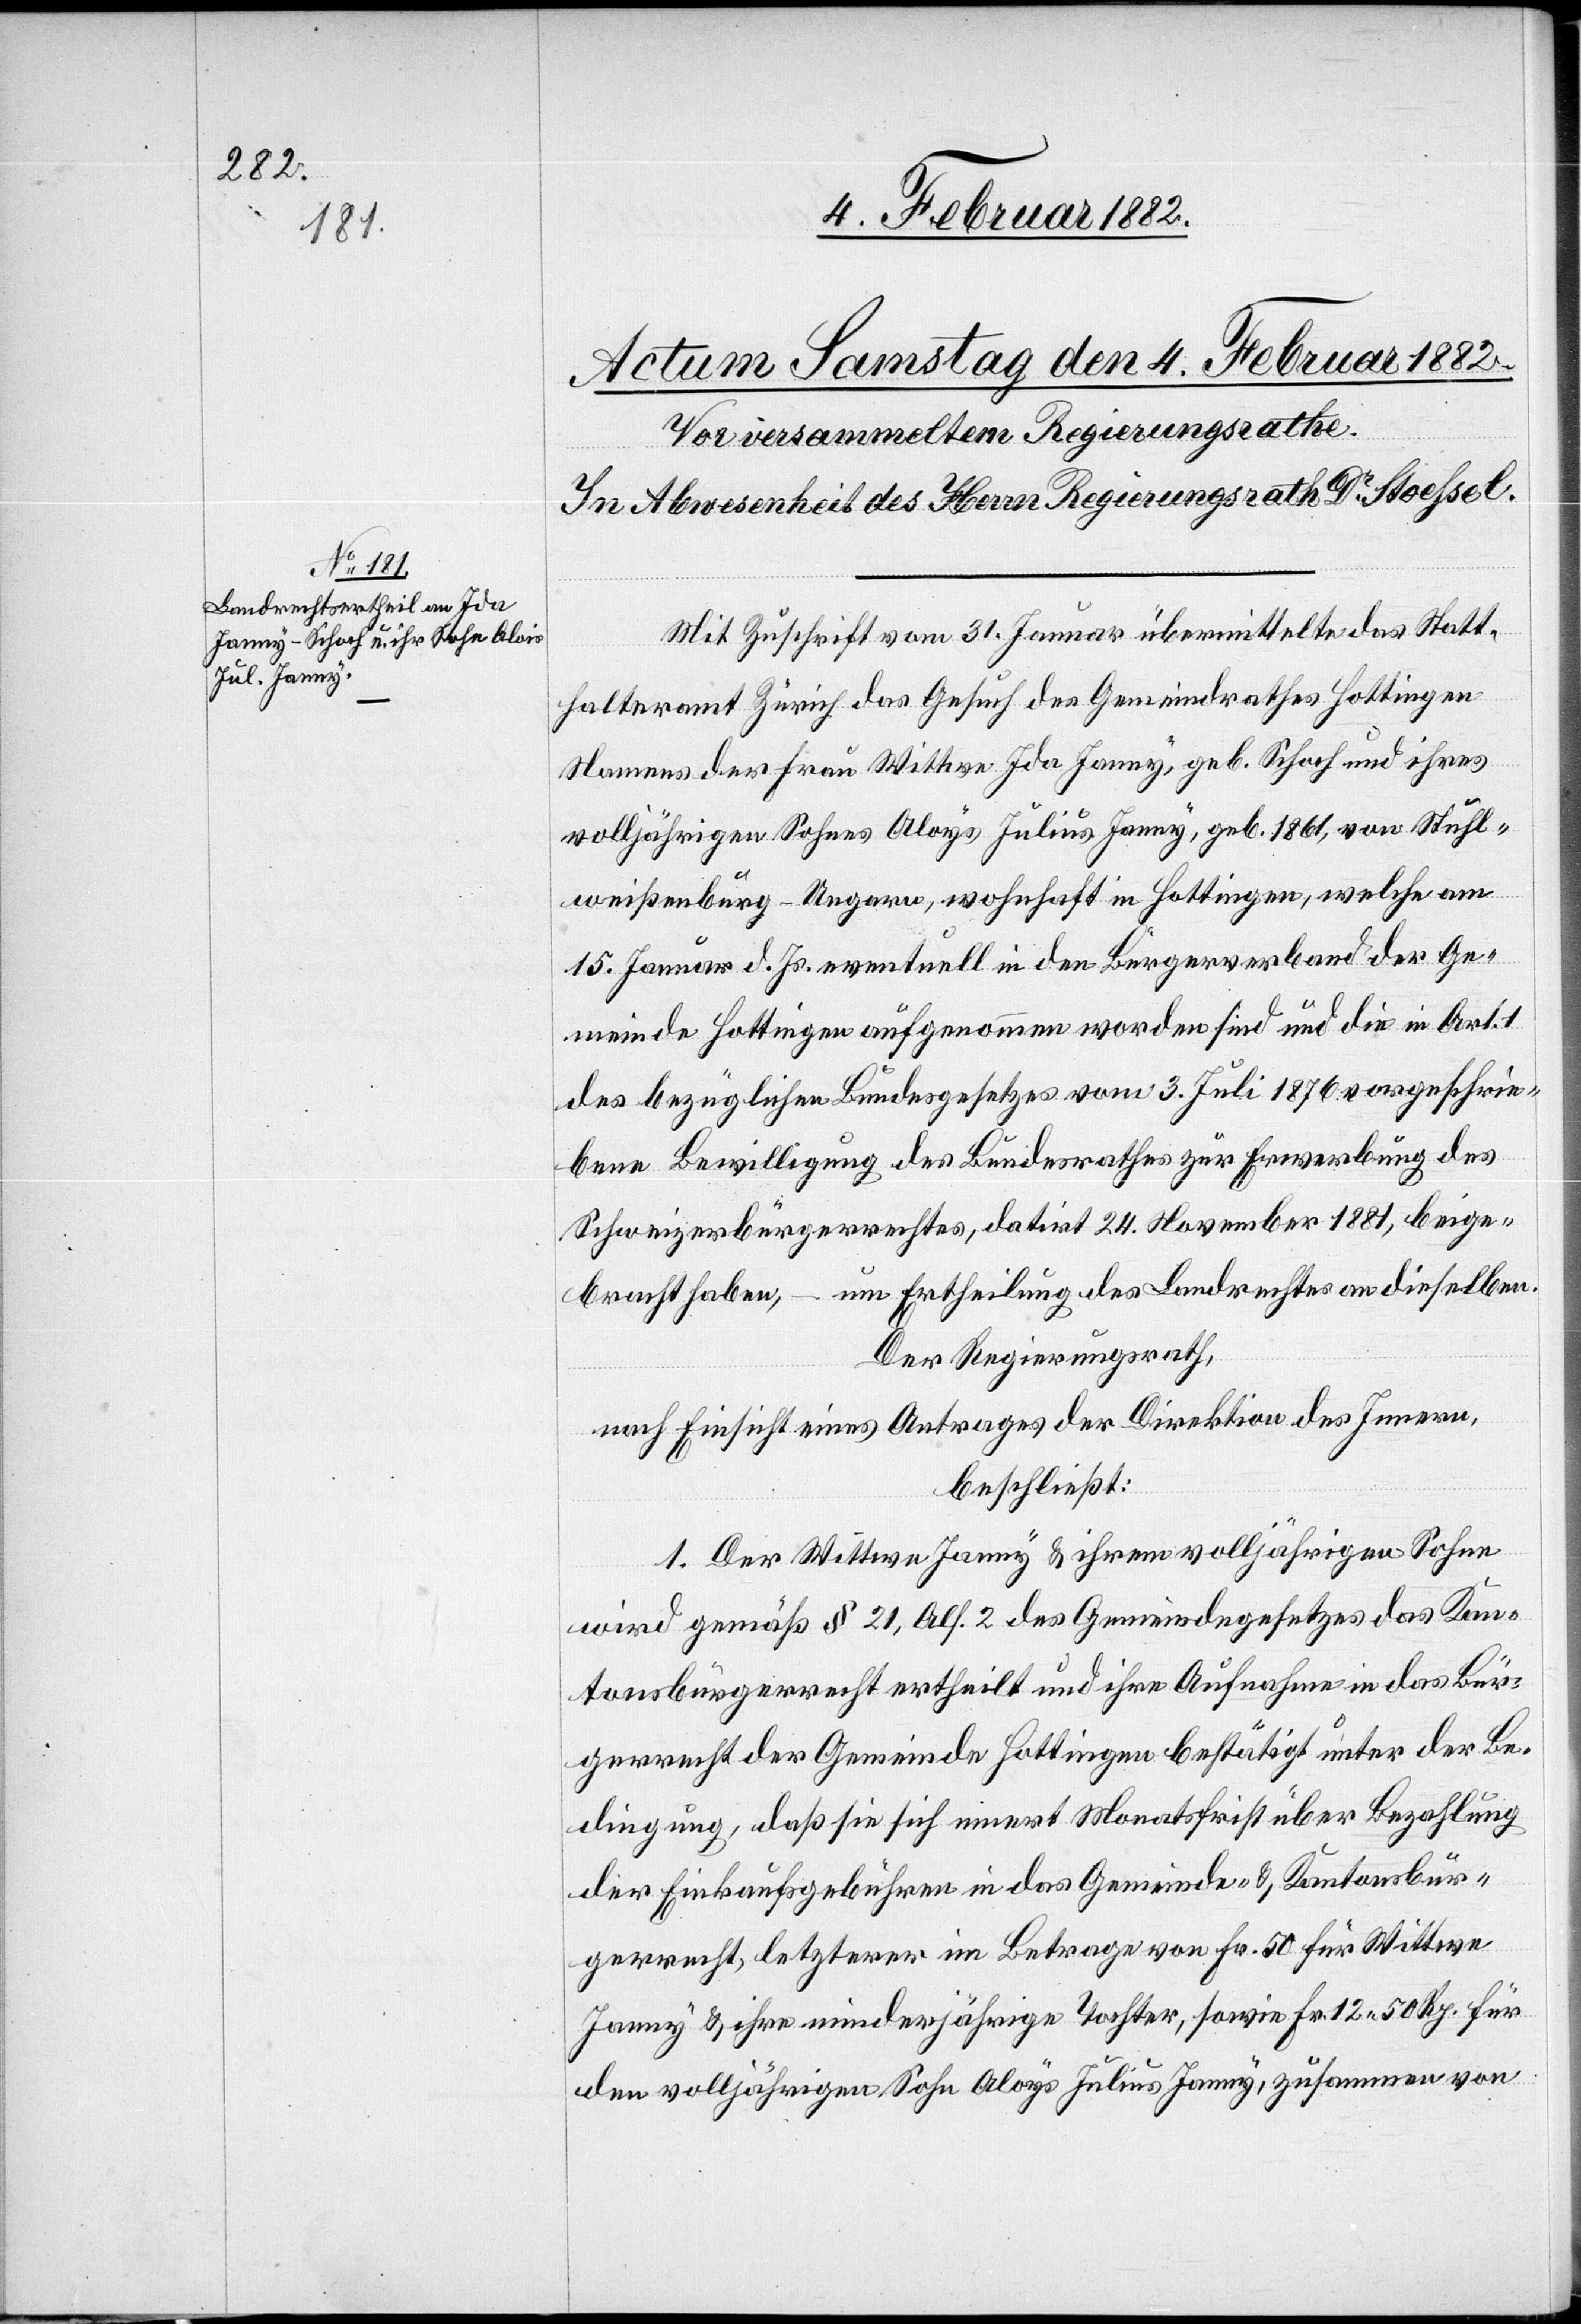
Mit Zuschrift vom 31. Januar übermittelte das Statt¬
halteramt Zürich das Gesuch des Gemeindrathes Hottingen
Namens der Frau Wittwe Ida Janny, geb. Schoch und ihres
volljährigen Sohnes Aloys [sic!] Julius Janny, geb. 1861, von Stuhl¬
weißenburg - Ungarn, wohnhaft in Hottingen, welche am
15. Januar d. Js. eventuell in den Bürgerverband der Ge¬
meinde Hottingen aufgenommen worden sind und die in Art.
1des bezüglichen Bundesgesetzes vom 3. Juli 1876 vorgeschrie¬
bene Bewilligung des Bundesrathes zur Erwerbung des
Schweizerbürgerrechtes, datirt 24. November 1881, beige¬
bracht haben, – um Ertheilung des Landrechtes an dieselben.
Der Regierungsrath,
nach Einsicht eines Antrages der Direktion des Innern,
beschließt:
1. Der Wittwe Janny & ihrem volljährigen Sohn
wird gemäß § 21, Abs. 2 des Gemeindegesetzes das Kan¬
tonsbürgerrecht ertheilt und ihre Aufnahme in das Bür¬
gerrecht der Gemeinde Hottingen bestätigt unter der Be¬
dingung, daß sie sich innert Monatsfrist über Bezahlung
der Einkaufsgebühren in das Gemeinde- & Kantonsbür¬
gerrecht, letztere im Betrage von Fr. 12 50 Rp.
den volljährigen Sohn Aloys Julius Janny, zusammen von